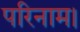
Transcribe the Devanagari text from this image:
परिनाम।